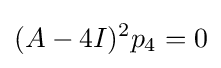
(A-4I)^{2}p_{4}=0